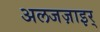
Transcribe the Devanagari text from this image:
अलजज़ाइर्